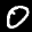
Label: 0